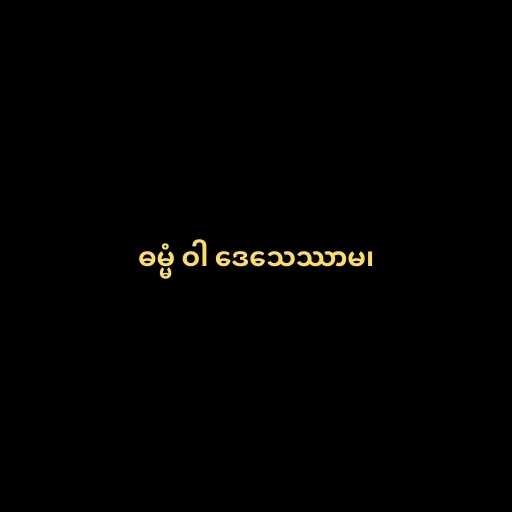
ဓမ္မံ ဝါ ဒေသေဿာမ၊